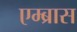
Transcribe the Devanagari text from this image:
एम्ब्रास